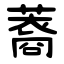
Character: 䕍